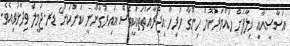
އަސާސީއާއި ޚިލާފަށް ހައްޔަރުކޮށް ހިންގާ ހުރިހާ އިޖްރާއަތްތަކަކީވެސް ޣައިރުގާނޫނީ ކަންކަން" ޑރ.ޖަމީލް ވިދާޅުވިއެވެ.